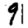
Digit: 9